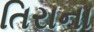
તિરાના